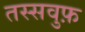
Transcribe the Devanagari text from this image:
तस्सवुफ़